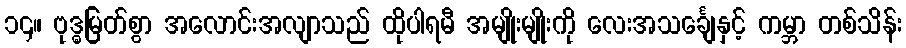
၁၄။ ဗုဒ္ဓမြတ်စွာ အလောင်းအလျာသည် ထိုပါရမီ အမျိုးမျိုးကို လေးအသင်္ချေနှင့် ကမ္ဘာ တစ်သိန်း